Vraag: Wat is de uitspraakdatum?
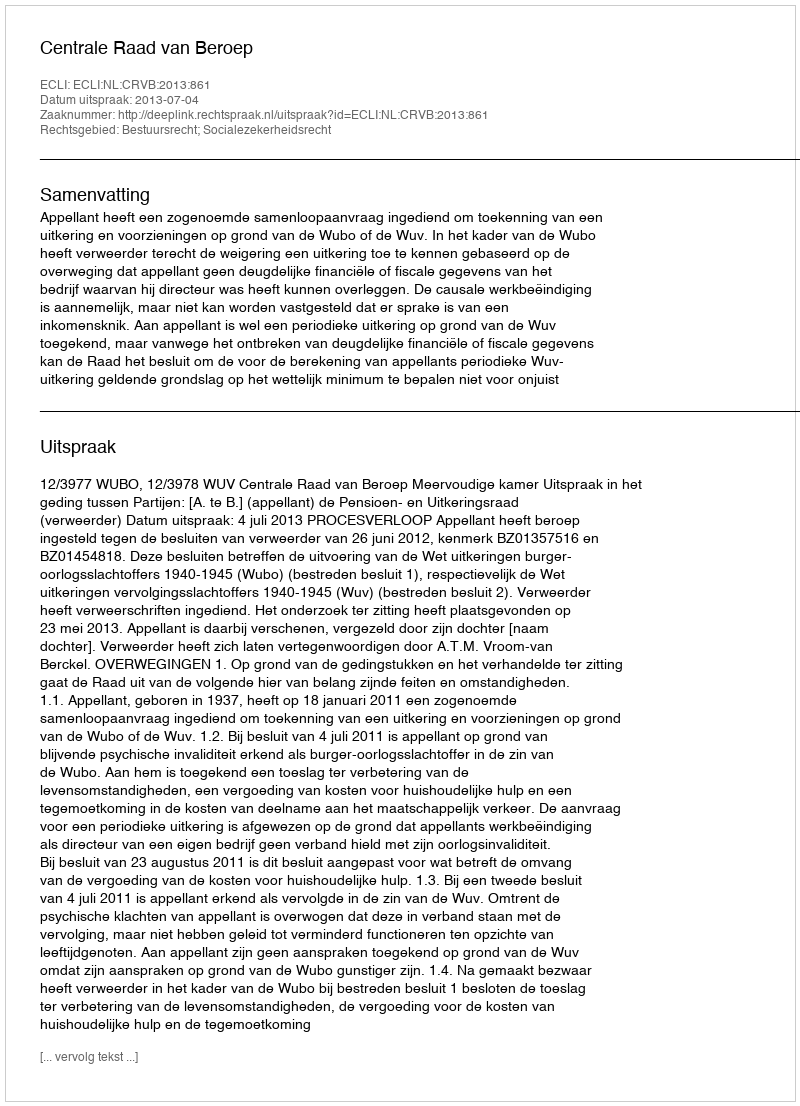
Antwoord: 2013-07-04